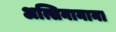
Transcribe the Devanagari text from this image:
अत्सिनानाना